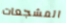
المشجعات